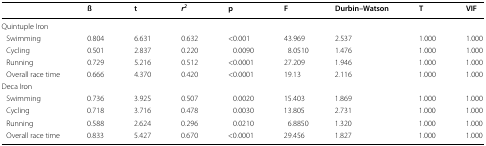
<table><thead><tr><td></td><td><b>ß</b></td><td><b>t</b></td><td><b><i>r</i><sup><i>2</i></sup></b></td><td><b>p</b></td><td><b>F</b></td><td><b>Durbin–Watson</b></td><td><b>T</b></td><td><b>VIF</b></td></tr></thead><tbody><tr><td colspan="9">Quintuple Iron</td></tr><tr><td> Swimming</td><td>0.804</td><td>6.631</td><td>0.632</td><td>&lt;0.001</td><td>43.969</td><td>2.537</td><td>1.000</td><td>1.000</td></tr><tr><td> Cycling</td><td>0.501</td><td>2.837</td><td>0.220</td><td>0.0090</td><td>8.0510</td><td>1.476</td><td>1.000</td><td>1.000</td></tr><tr><td> Running</td><td>0.729</td><td>5.216</td><td>0.512</td><td>&lt;0.0001</td><td>27.209</td><td>1.946</td><td>1.000</td><td>1.000</td></tr><tr><td> Overall race time</td><td>0.666</td><td>4.370</td><td>0.420</td><td>&lt;0.0001</td><td>19.13</td><td>2.116</td><td>1.000</td><td>1.000</td></tr><tr><td colspan="9">Deca Iron</td></tr><tr><td> Swimming</td><td>0.736</td><td>3.925</td><td>0.507</td><td>0.0020</td><td>15.403</td><td>1.869</td><td>1.000</td><td>1.000</td></tr><tr><td> Cycling</td><td>0.718</td><td>3.716</td><td>0.478</td><td>0.0030</td><td>13.805</td><td>2.731</td><td>1.000</td><td>1.000</td></tr><tr><td> Running</td><td>0.588</td><td>2.624</td><td>0.296</td><td>0.0210</td><td>6.8850</td><td>1.320</td><td>1.000</td><td>1.000</td></tr><tr><td> Overall race time</td><td>0.833</td><td>5.427</td><td>0.670</td><td>&lt;0.0001</td><td>29.456</td><td>1.827</td><td>1.000</td><td>1.000</td></tr></tbody></table>